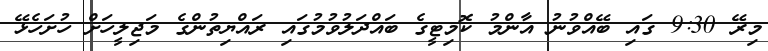
މިރޭ 9:30 ގައި ބޭއްވުނު އާންމު ކޮމިޓީގެ ބައްދަލުވުމުގައި ރައްޔިތުންގެ މަޖިލީހަށް ހުށަހެޅޭ